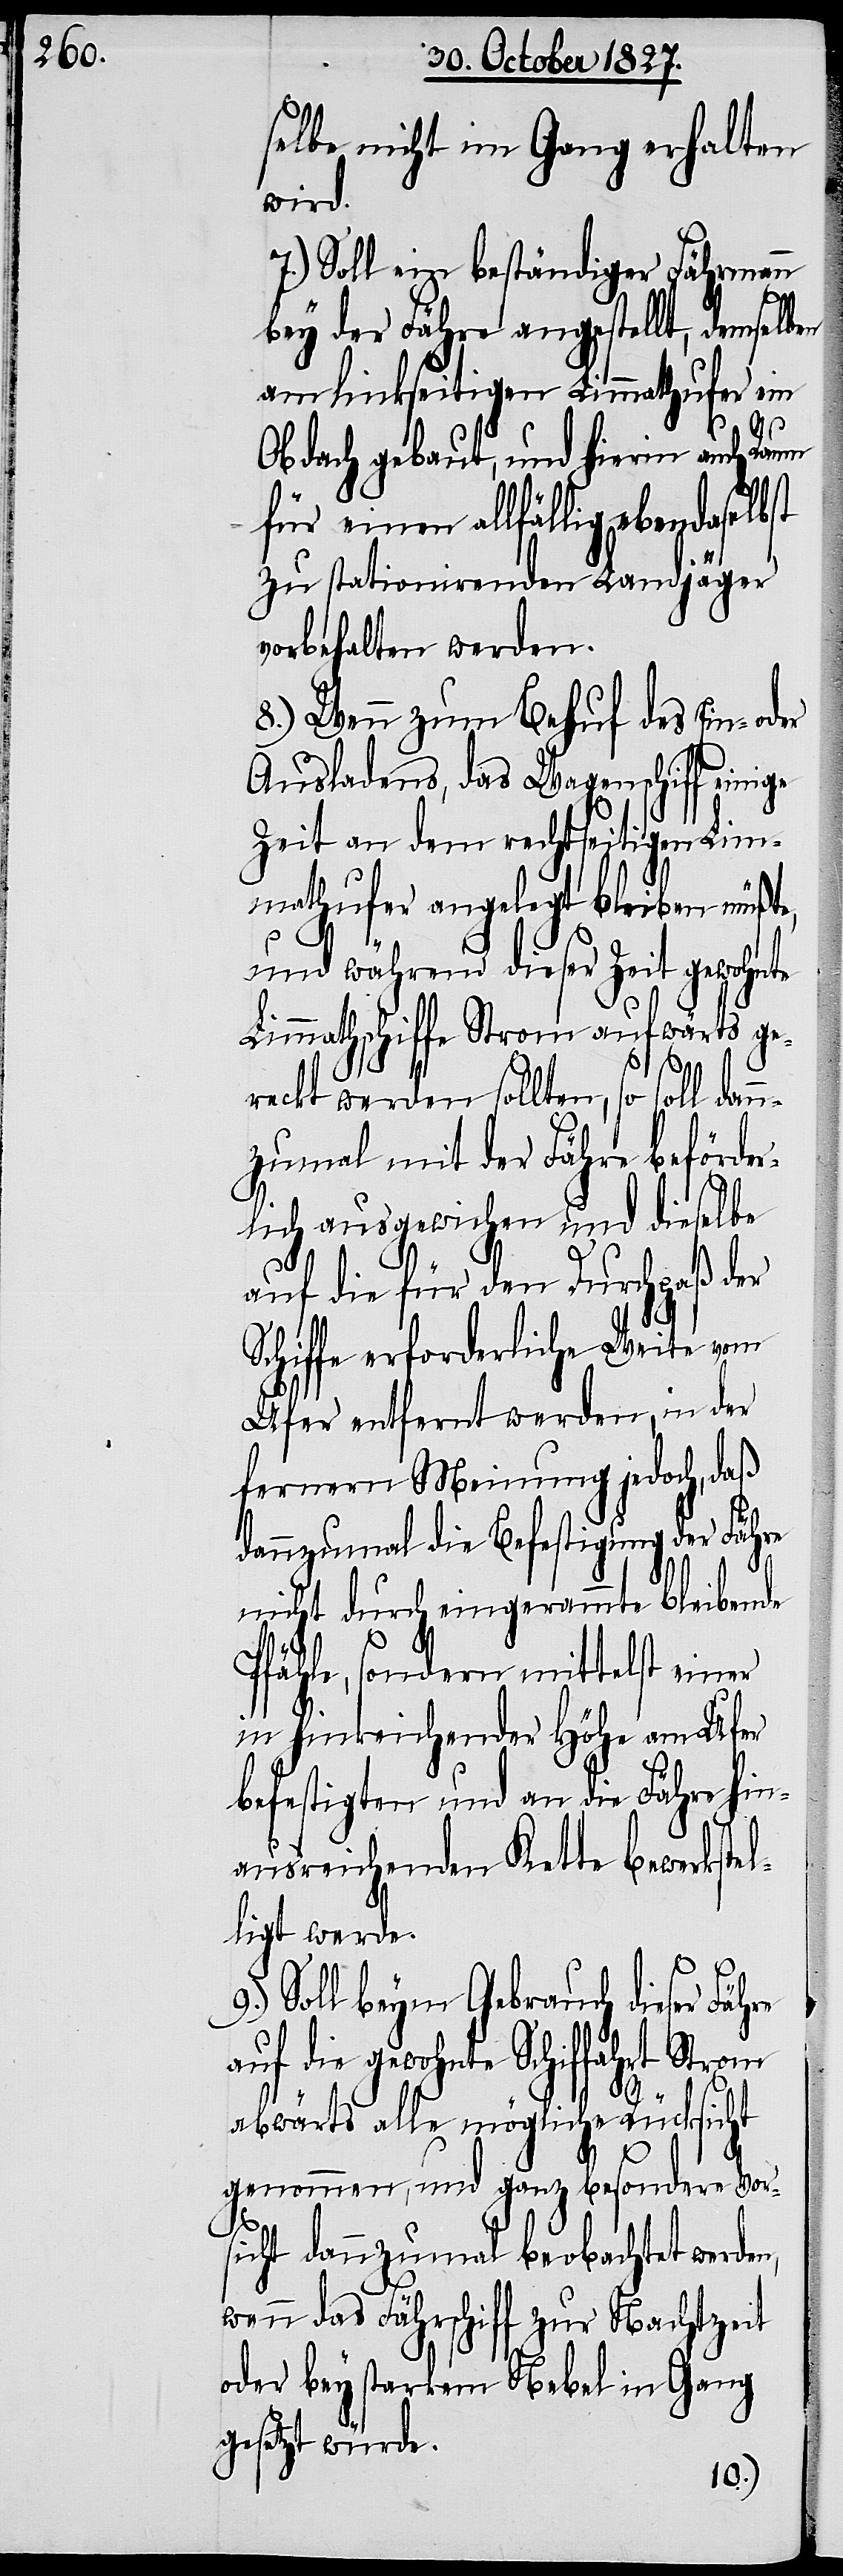
selbe nicht im Gang erhalten
wird.
7.) Soll ein beständiger Fährmann
bey der Fähre angestellt, demselben
am linkseitigen Limmathufer ein
Obdach gebaut, und hierin auch Raum
für einen allfällig
zu stationirenden Landjäger
vorbehalten werden.
8.) Wenn zum Behuf des Ein-
Ausladens, das Wagenschiff eini¬
Zeit an dem rechtseitigen Lim¬
mathufer angelegt bleiben müßte,
re
und während dieser Zeit gewohnte
Limmathschiffe Strom aufwärts ge¬
reckt werden sollten, so soll dan¬
nzumal mit der Fähre beförder¬
lich ausgewichen und dieselbe
auf die für den Durchpaß der
Schiffe erforderliche Weite vom
Ufer entfernt werden, in der
fernern Meinung jedoch, daß
dannzumal die Befestigung der Fähre
nicht durch eingerammte bleibende
Pfähle, sondern mittelst einer
in hinreichender Höhe am Ufer
befestigten und an die Fähre hin¬
ausreichenden Kette bewerkstel¬
ligt werde.
Soll beym Gebrauch dieser Fäh¬
auf die gewohnte Schiffahrt Strom
9.)
abwärts alle mögliche Rücksicht
genommen, und ganz besondere Vor¬
sicht dannzumal beobachtet werden,
wenn das Fährschiff zur Nachtzeit
oder bey starkem Nebel in Gang
gesetzt würde.